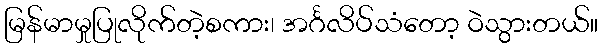
မြန်မာမှုပြုလိုက်တဲ့စကား၊ အင်္ဂလိပ်သံတော့ ဝဲသွားတယ်။